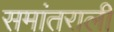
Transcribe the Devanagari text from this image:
समांतराली